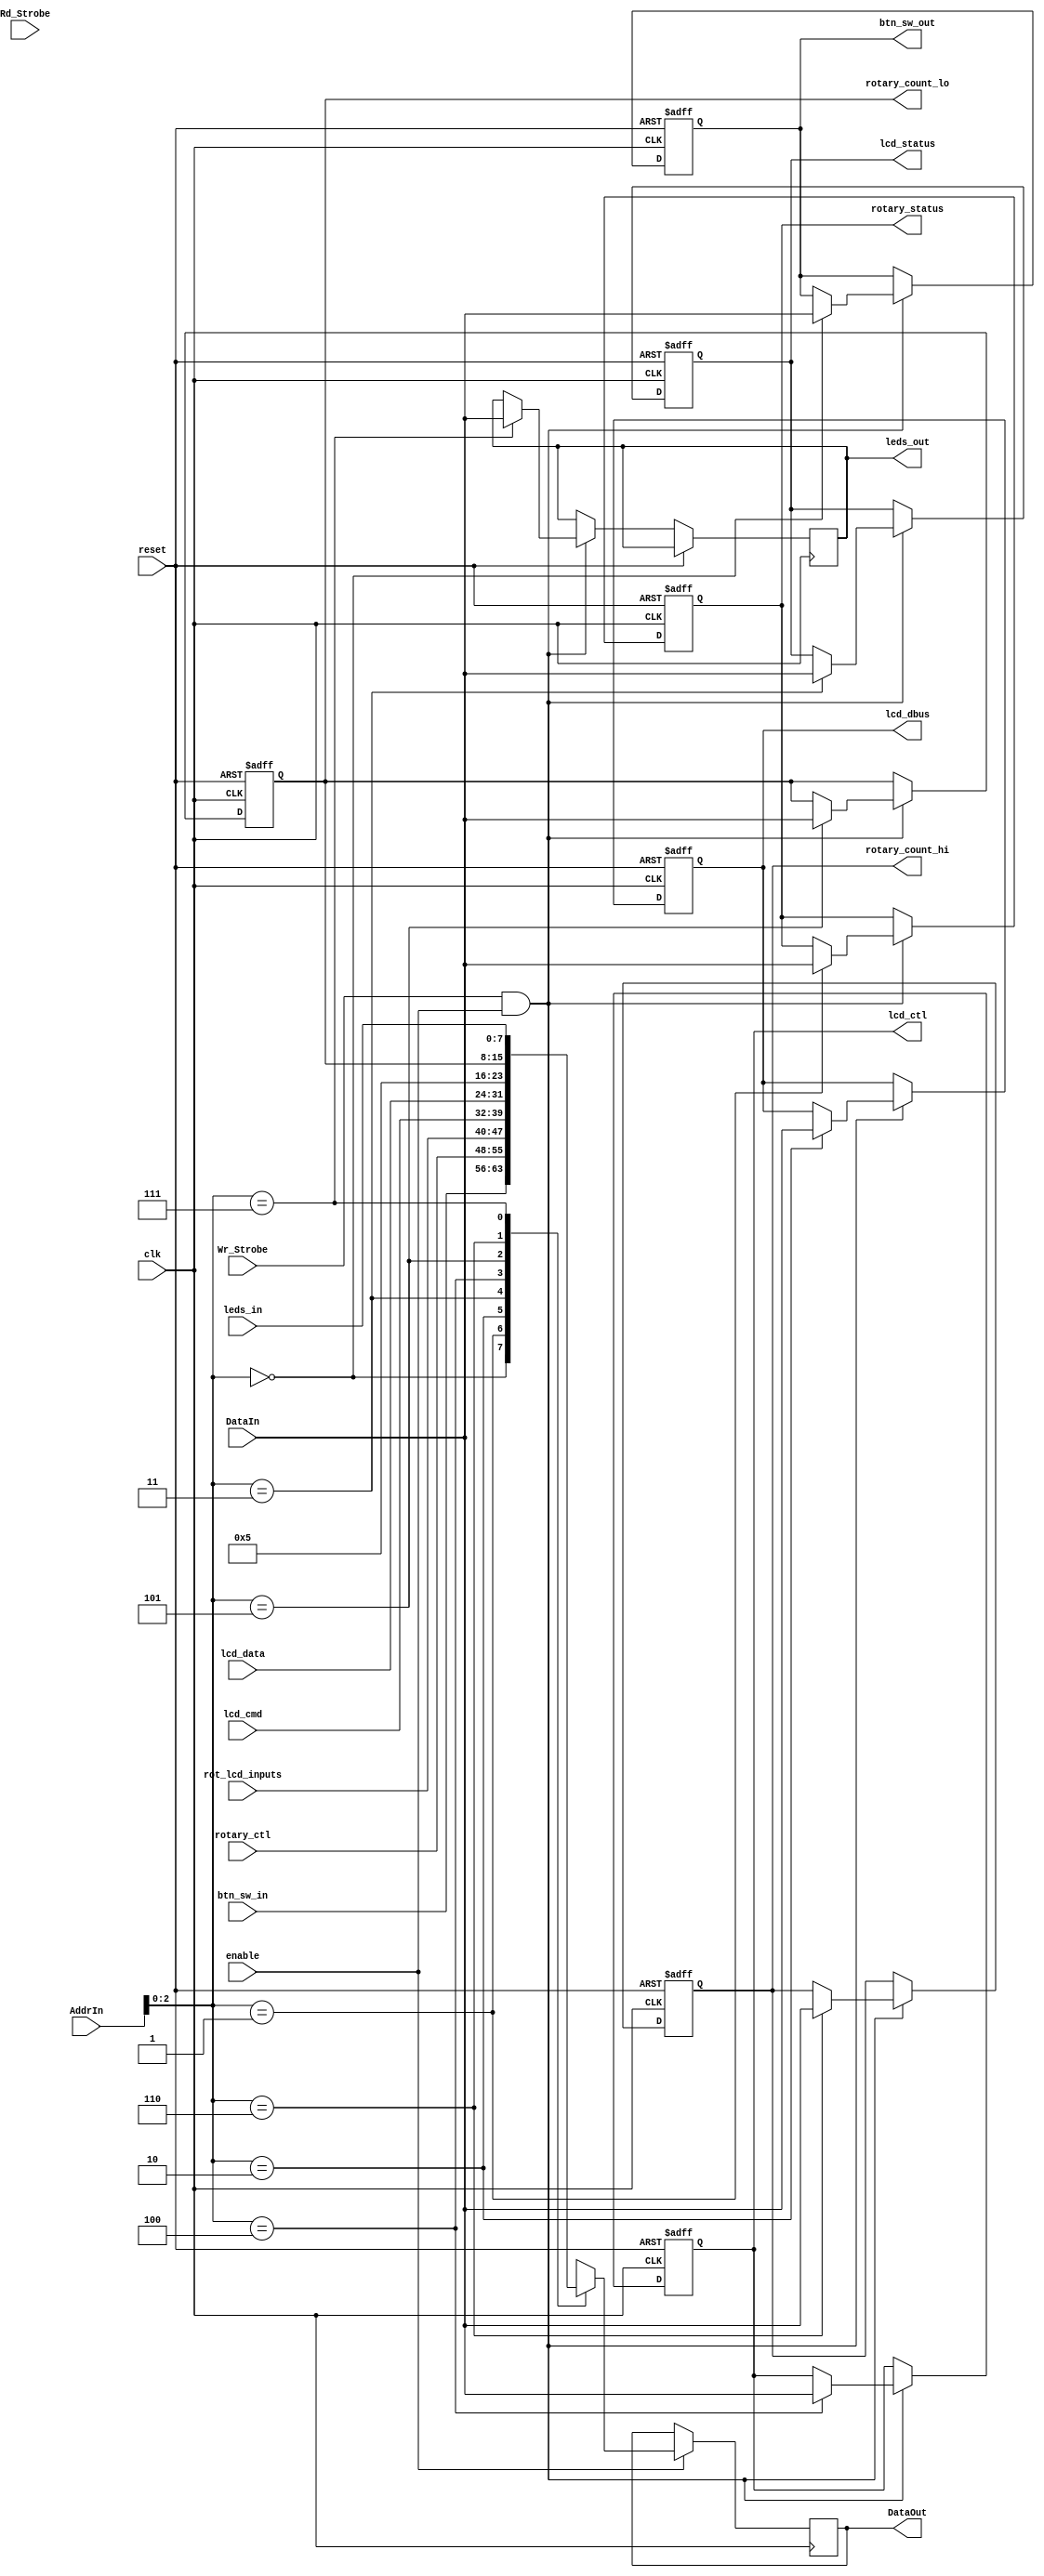

/*************************************************/
/* pblaze_if.v - Interface to embedded Picoblaze */
/*************************************************/
module pblaze_if (
	// interface to the picoblaze
	input 				Wr_Strobe,			// Write strobe - asserted to write I/O data
		 				Rd_Strobe,			// Read strobe - asserted to read I/O data
	input [7:0] 		AddrIn,				// I/O port address
	input [7:0] 		DataIn,				// Data to be written to I/O register
	output reg [7:0] 	DataOut,			// I/O register data to picoblaze
   	
	// interface to the external CPU
	// inputs assume registers are instantiated external to this module if necessary	
	input [7:0]			btn_sw_in,			// buttons and switches from S3E board
						leds_in,			// led contents to display
						rotary_ctl,			// rotary control register
						lcd_cmd,			// LCD command register
						lcd_data,			// LCD data register
		
	output reg [7:0]	btn_sw_out,			// debounced pushbuttons and switches
						leds_out,			// led outputs
						rotary_status,		// rotary encoder status
						rotary_count_lo,	// rotary count bits[7:0]
						rotary_count_hi,	// rotary count bits[15:8]
						lcd_status,			// LCD status register
						lcd_ctl,			// LCD control signals 
						lcd_dbus,			// LCD data bus
						
	// local (to N3IF) interface
	input [7:0]			rot_lcd_inputs,		// rotary encoder and lcd data control inputs
	input				enable,				// enables I/O range when set to 1

	// system clock and reset		
	input				reset,				// System reset
						clk					// 50Mhz clock signal
 );
 

	// declare internal signals
	wire		write_en;				// write enable for this module				

					
	// respond to IO writes only if address is within my address range
	assign write_en = Wr_Strobe & enable;

	// read registers - drives registered values to the picoblaze
	always @(posedge clk) begin
		if (enable) begin
			case (AddrIn[2:0])
				// Input registers
				3'b000 :	DataOut = btn_sw_in;		// buttons and switches
				3'b001 :	DataOut = rotary_ctl;		// rotary control register	
				3'b010 :	DataOut = rot_lcd_inputs;	// rotary filter and lcd inputs
				3'b011 : 	DataOut = lcd_cmd;			// lcd command		
				3'b100 : 	DataOut = lcd_data;			// lcd data	
				3'b101 : 	DataOut = 8'd5;				// reserved
				3'b110 :	DataOut = rotary_count_lo;	// least significant byte of rotary count
													// (used for self test)
				3'b111 :	DataOut = leds_in;			// led inputs					
			endcase
		end
	end // always - read registers


	// write registers - drives external CPU registers from picoblaze
	always @(posedge clk or posedge reset) begin
		if (reset) begin
			btn_sw_out <= 8'h00;		// start w/ buttons and switches off
			rotary_status <= 8'h00;		// start w/ rotary encoder not busy
			lcd_status <= 8'h80;		// start w/ LCD display busy
			lcd_ctl <= 8'h00;			// start w/ all LCD control signals at 0
			lcd_dbus <= 8'h00;			// start w/ LCD data bus at 0
			rotary_count_lo <= 8'h00;	// start w/ rotary count = 0
			rotary_count_hi <= 8'h00;	
		end
		else begin
			if(write_en) begin
				 case (AddrIn[2:0])
					// output registers
					3'b000 :	btn_sw_out <= DataIn;
					3'b001 :	rotary_status <= DataIn;
					3'b010 :	lcd_dbus <= DataIn;
					3'b011 :	lcd_status <= DataIn;
					3'b100 :	lcd_ctl <= DataIn;	
					3'b101 :	rotary_count_lo <= DataIn;
					3'b110 :	rotary_count_hi <= DataIn;
					3'b111 :	leds_out <= DataIn;			// led outputs
				endcase
			end
		end
	end // always - write registers
		
endmodule